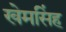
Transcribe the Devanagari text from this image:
खेमसिंह